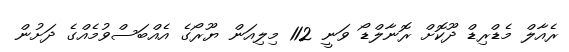
ރެއާލް މެޑްރިޑް ދޫކޮށް ރޮނާލްޑޯ ވަނީ 112 މިލިއަން ޔޫރޯގެ އެއްބަސްވުމެއްގެ ދަށުން